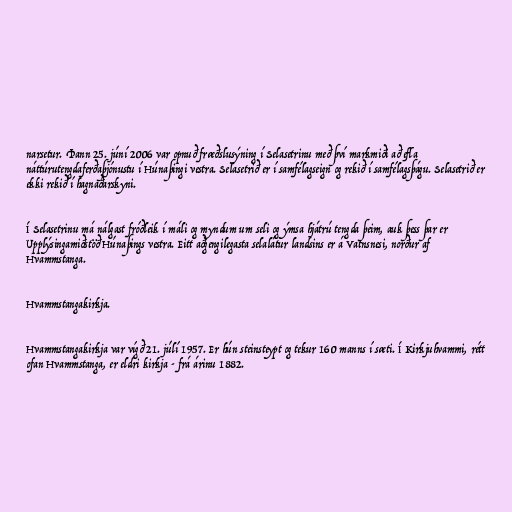
narsetur. Þann 25. júní 2006 var opnuð fræðslusýning í Selasetrinu með því markmiði að efla
náttúrutengdaferðaþjónustu í Húnaþingi vestra. Selasetrið er í samfélagseign og rekið í samfélagsþágu. Selasetrið er
ekki rekið í hagnaðarskyni.

Í Selasetrinu má nálgast fróðleik í máli og myndum um seli og ýmsa hjátrú tengda þeim, auk þess þar er
Upplýsingamiðstöð Húnaþings vestra. Eitt aðgengilegasta selalátur landsins er á Vatnsnesi, norður af
Hvammstanga.

Hvammstangakirkja.

Hvammstangakirkja var vígð 21. júlí 1957. Er hún steinsteypt og tekur 160 manns í sæti. Í Kirkjuhvammi, rétt
ofan Hvammstanga, er eldri kirkja - frá árinu 1882.